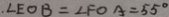
. \angle E O B = \angle F O A = 5 5 ^ { \circ }